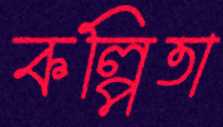
কল্পিতা